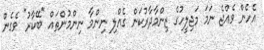
އެހެން ވެއްޖެ ނަމަ މަޖިލީހުގެ ޒިންމާދާރުކަން ގެއްލި ނިންމާ ނިންމުންތައް "ބޭކާރު" ވެގެން